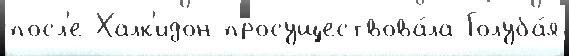
посл'е Халк'идон просуществова́ла Голуба́я